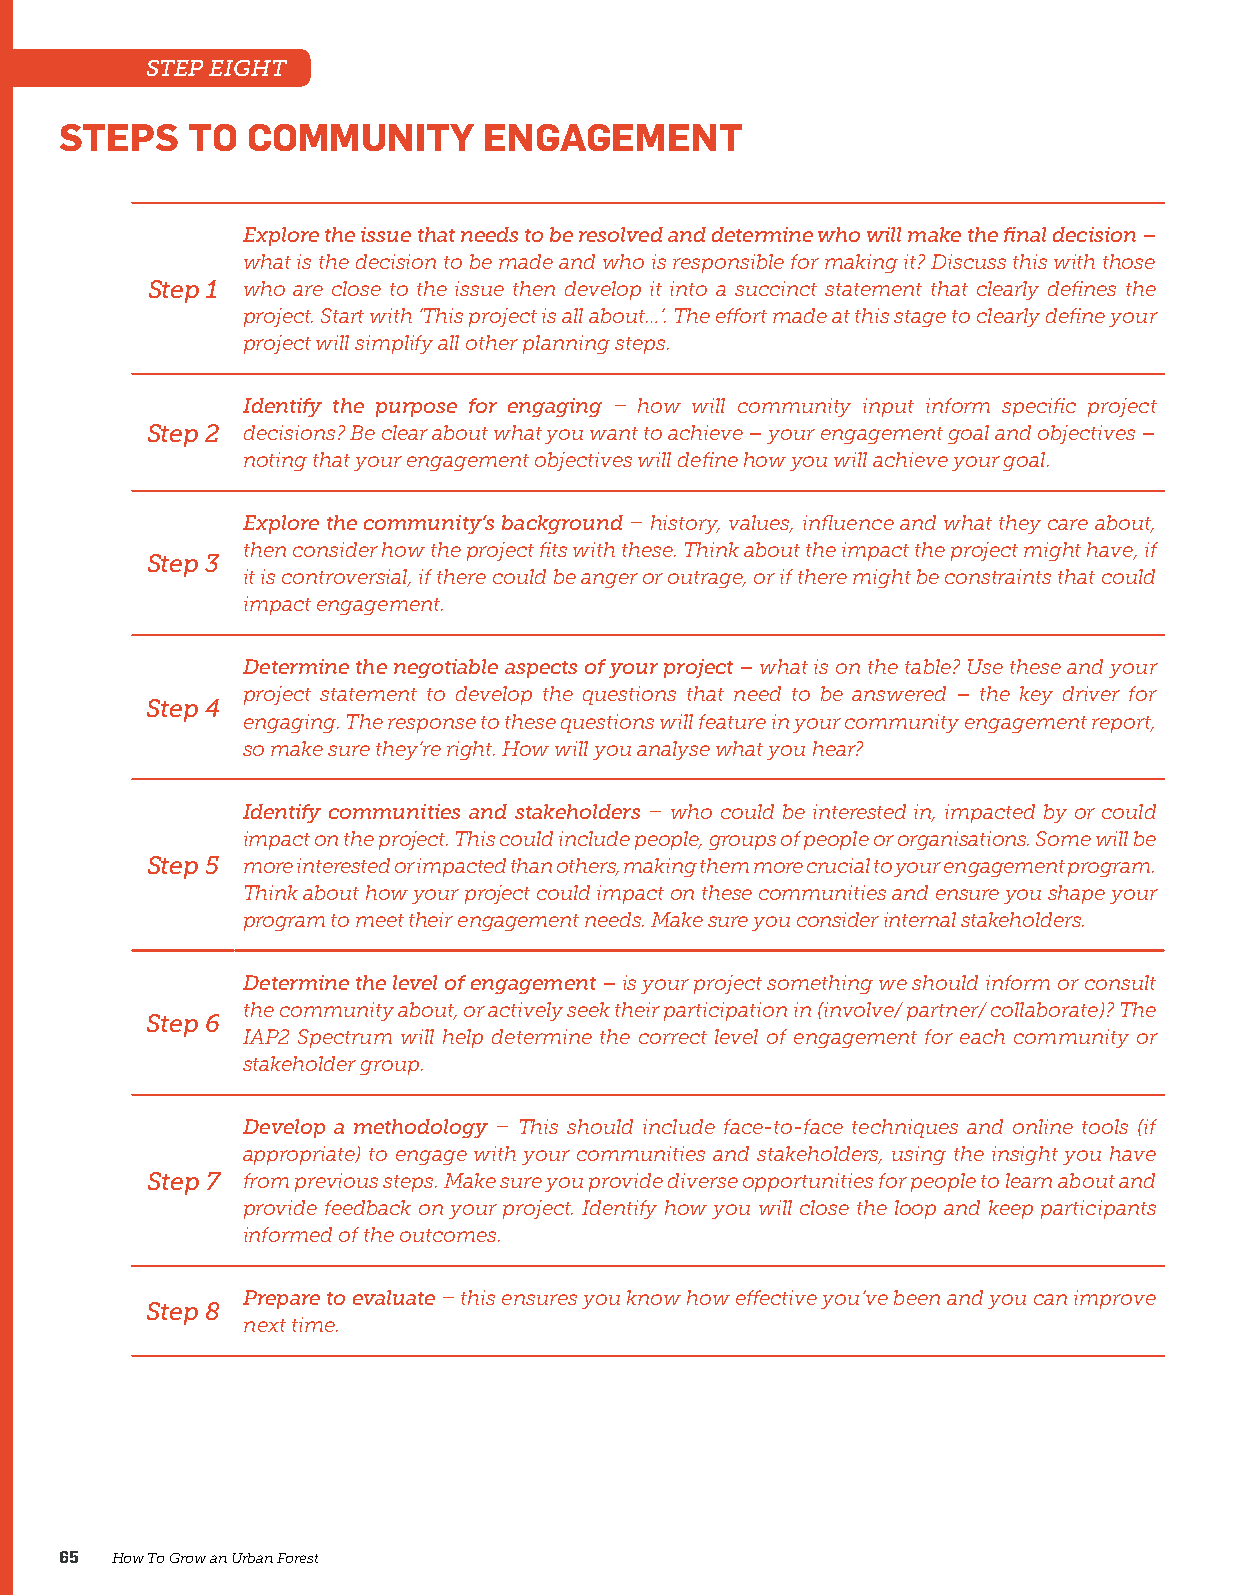
STEP EIGHT
 STEPS   TO  COMMUNITY       ENGAGEMENT
 Explore the issue that needs to be resolved and determine who will make the final decision –
 what is the decision to be made and who is responsible for making it? Discuss this with those
 Step 1 who are close to the issue then develop it into a succinct statement that clearly defines the
 project. Start with ‘This project is all about…’. The effort made at this stage to clearly define your
 project will simplify all other planning steps.
 Identify the purpose for engaging – how will community input inform specific project
 Step 2 decisions? Be clear about what you want to achieve – your engagement goal and objectives –
 noting that your engagement objectives will define how you will achieve your goal.
 Explore the community’s background – history, values, influence and what they care about,
 then consider how the project fits with these. Think about the impact the project might have, if
 Step 3
 it is controversial, if there could be anger or outrage, or if there might be constraints that could
 impact engagement.
 Determine the negotiable aspects of your project – what is on the table? Use these and your
 project statement to develop the questions that need to be answered – the key driver for
 Step 4
 engaging. The response to these questions will feature in your community engagement report,
 so make sure they’re right. How will you analyse what you hear?
 Identify communities and stakeholders – who could be interested in, impacted by or could
 impact on the project. This could include people, groups of people or organisations. Some will be
 Step 5 more interested or impacted than others, making them more crucial to your engagement program.
 Think about how your project could impact on these communities and ensure you shape your
 program to meet their engagement needs. Make sure you consider internal stakeholders.
 Determine the level of engagement – is your project something we should inform or consult
 the community about, or actively seek their participation in (involve/ partner/ collaborate)? The
 Step 6
 IAP2 Spectrum will help determine the correct level of engagement for each community or
 stakeholder group.
 Develop a methodology – This should include face-to-face techniques and online tools (if
 appropriate) to engage with your communities and stakeholders, using the insight you have
 Step 7 from previous steps. Make sure you provide diverse opportunities for people to learn about and
 provide feedback on your project. Identify how you will close the loop and keep participants
 informed of the outcomes.
 Prepare to evaluate – this ensures you know how effective you’ve been and you can improve
 Step 8
 next time.
 65 How To Grow an Urban Forest